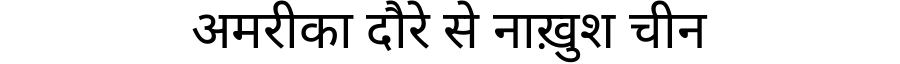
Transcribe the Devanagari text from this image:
अमरीका दौरे से नाख़ुश चीन